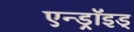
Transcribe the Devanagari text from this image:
एन्ड्रॉइड्